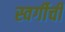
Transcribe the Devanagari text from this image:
स्वर्गीची